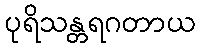
ပုရိသန္တရဂတာယ